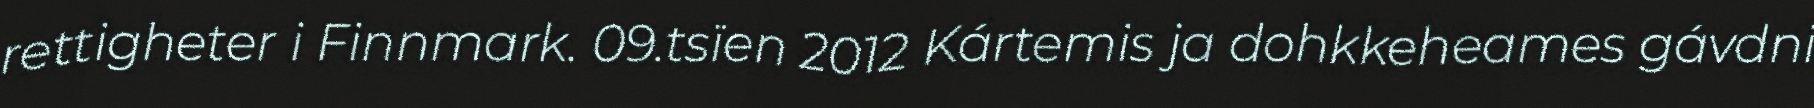
rettigheter i Finnmark. 09.tsïen 2012 Kártemis ja dohkkeheames gávdni